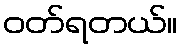
ဝတ်ရတယ်။